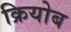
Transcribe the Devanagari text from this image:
क्रियोब